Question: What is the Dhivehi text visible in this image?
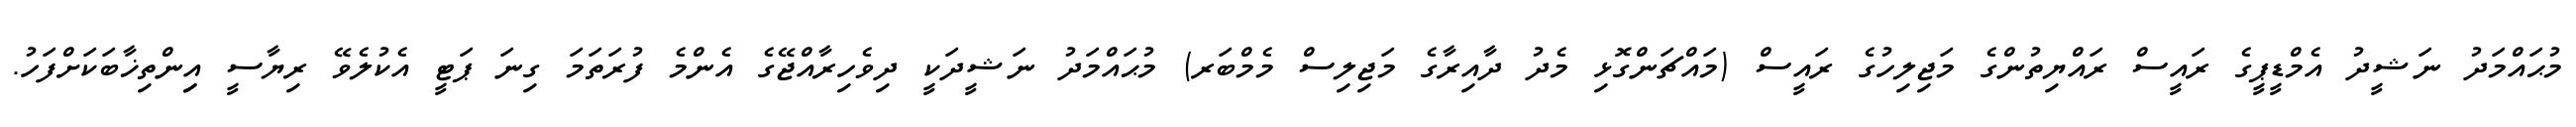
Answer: މުޙައްމަދު ނަޝީދު އެމްޑީޕީގެ ރައީސް ރައްޔިތުންގެ މަޖިލިހުގެ ރައީސް (މައްޗަންގޮޅި މެދު ދާއިރާގެ މަޖިލިސް މެމްބަރ) މުޙައްމަދު ނަޝީދަކީ ދިވެހިރާއްޖޭގެ އެންމެ ފުރަތަމަ ގިނަ ޕަޓީ އެކުލެވޭ ރިޔާސީ އިިންތިޚާބަކަށްފަހު.